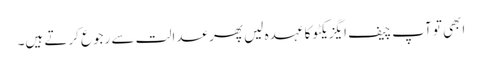
ابھی تو آپ چیف ایگزیکٹو کا عہدہ لیں پھر عدالت سے رجوع کرتے ہیں۔